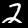
Label: 2